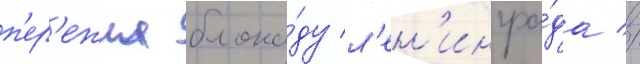
п'ер'ежил блока́ду л'ен'ингра́да //